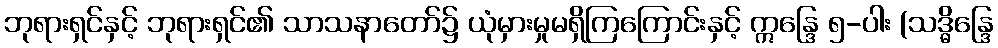
ဘုရားရှင်နှင့် ဘုရားရှင်၏ သာသနာတော်၌ ယုံမှားမှုမရှိကြကြောင်းနှင့် ဣန္ဒြေ ၅-ပါး (သဒ္ဓိန္ဒြေ